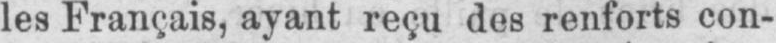
les Français, ayant reçu des renforts con-